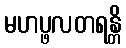
မဟပ္ဖလတရန္တိ